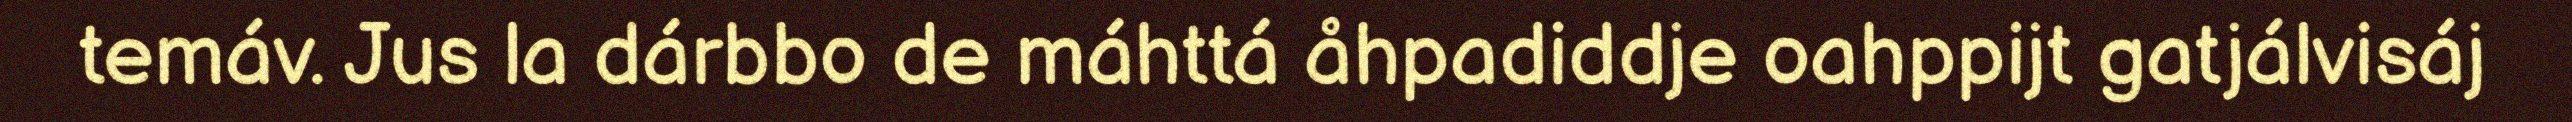
temáv. Jus la dárbbo de máhttá åhpadiddje oahppijt gatjálvisáj